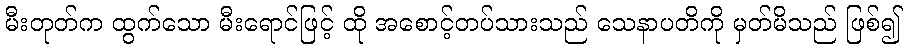
မီးတုတ်က ထွက်သော မီးရောင်ဖြင့် ထို အစောင့်တပ်သားသည် သေနာပတိကို မှတ်မိသည် ဖြစ်၍